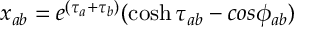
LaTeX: x _ { a b } = e ^ { ( \tau _ { a } + \tau _ { b } ) } ( \cosh \tau _ { a b } - c o s \phi _ { a b } )